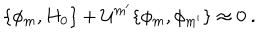
\{ \phi _ { m } , H _ { 0 } \} + { \cal U } ^ { m ^ { \prime } } \{ \phi _ { m } , \phi _ { m ^ { \prime } } \} \approx 0 \ .